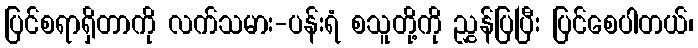
ပြင်စရာရှိတာကို လက်သမား-ပန်းရံ စသူတို့ကို ညွှန်ပြပြီး ပြင်စေပါတယ်၊